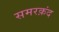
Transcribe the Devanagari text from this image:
समरक़ंद